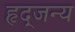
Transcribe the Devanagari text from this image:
हृद्जन्‍य